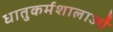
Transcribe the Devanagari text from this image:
धातुकर्मशालाओं